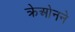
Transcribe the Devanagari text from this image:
क्रेओनने